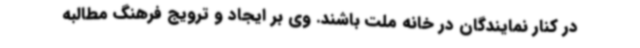
در کنار نمایندگان در خانه ملت باشند. وی بر ایجاد و ترویج فرهنگ مطالبه